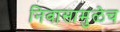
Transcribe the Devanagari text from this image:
निवासामुळेच